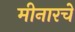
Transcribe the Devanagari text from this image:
मीनारचे